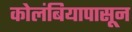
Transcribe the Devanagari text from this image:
कोलंबियापासून